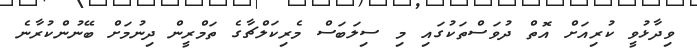
ވިދާޅުވީ ކުރިއަށް އޮތް ދުވަސްތަކުގައި މި ސިލަބަސް މެރިކަލްޗާގެ ތަމްރީން ދިނުމަށް ބޭނުންކުރާނެ